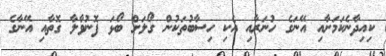
ކިއިދާނެކަމަށާއި އޭނަގެ ހުނަރާއި އެކި ހިސާބުތަކުން ގޯލަށް ބޯޅަ ފޮނުވާލާ ގޮތާއި އޭނާގެ